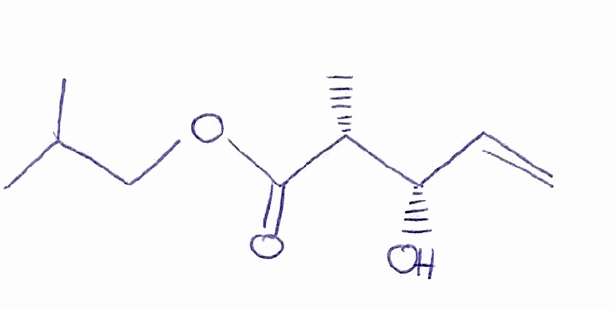
Simplified molecular-input line-entry system (SMILES) notation of the given molecule:
C[C@H]([C@H](C=C)O)C(=O)OCC(C)C